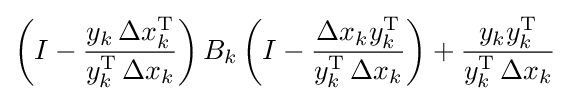
\left(I-{\frac {y_{k}\,\Delta x_{k}^{\mathrm {T} }}{y_{k}^{\mathrm {T} }\,\Delta x_{k}}}\right)B_{k}\left(I-{\frac {\Delta x_{k}y_{k}^{\mathrm {T} }}{y_{k}^{\mathrm {T} }\,\Delta x_{k}}}\right)+{\frac {y_{k}y_{k}^{\mathrm {T} }}{y_{k}^{\mathrm {T} }\,\Delta x_{k}}}